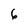
Character: 6